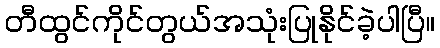
တီထွင်ကိုင်တွယ်အသုံးပြုနိုင်ခဲ့ပါပြီ။